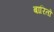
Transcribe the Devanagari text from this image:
बारितो